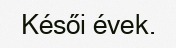
Késői évek.